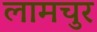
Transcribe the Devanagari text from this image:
लामचुर